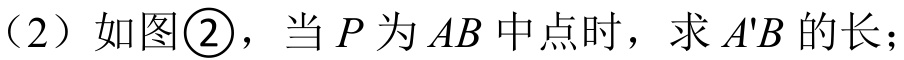
（2）如图\textcircled{2}，当 \(P\) 为 \(AB\) 中点时，求 \(A'B\) 的长；